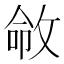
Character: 𫾽